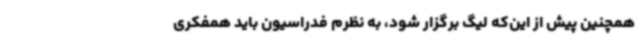
همچنین پیش از این‌که لیگ برگزار شود، به نظرم فدراسیون باید همفکری